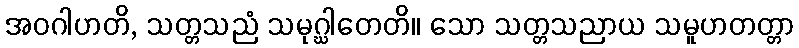
အဝဂါဟတိ, သတ္တသညံ သမုဂ္ဃါတေတိ။ သော သတ္တသညာယ သမူဟတတ္တာ